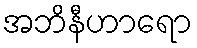
အဘိနီဟာရော